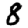
Digit: 8